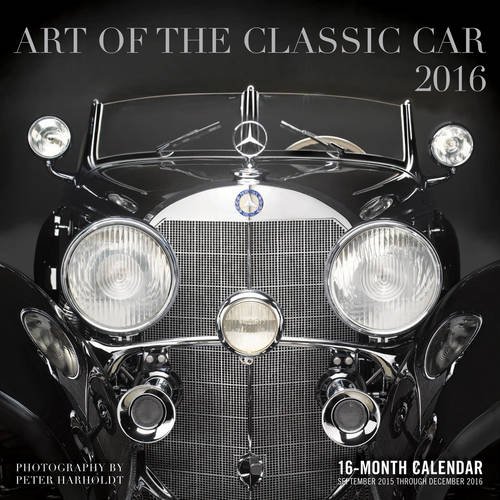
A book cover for Art of the Classic Car 2016: 16-Month Calendar September 2015 through December 2016; Calendars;